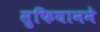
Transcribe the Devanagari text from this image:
सुफियानने